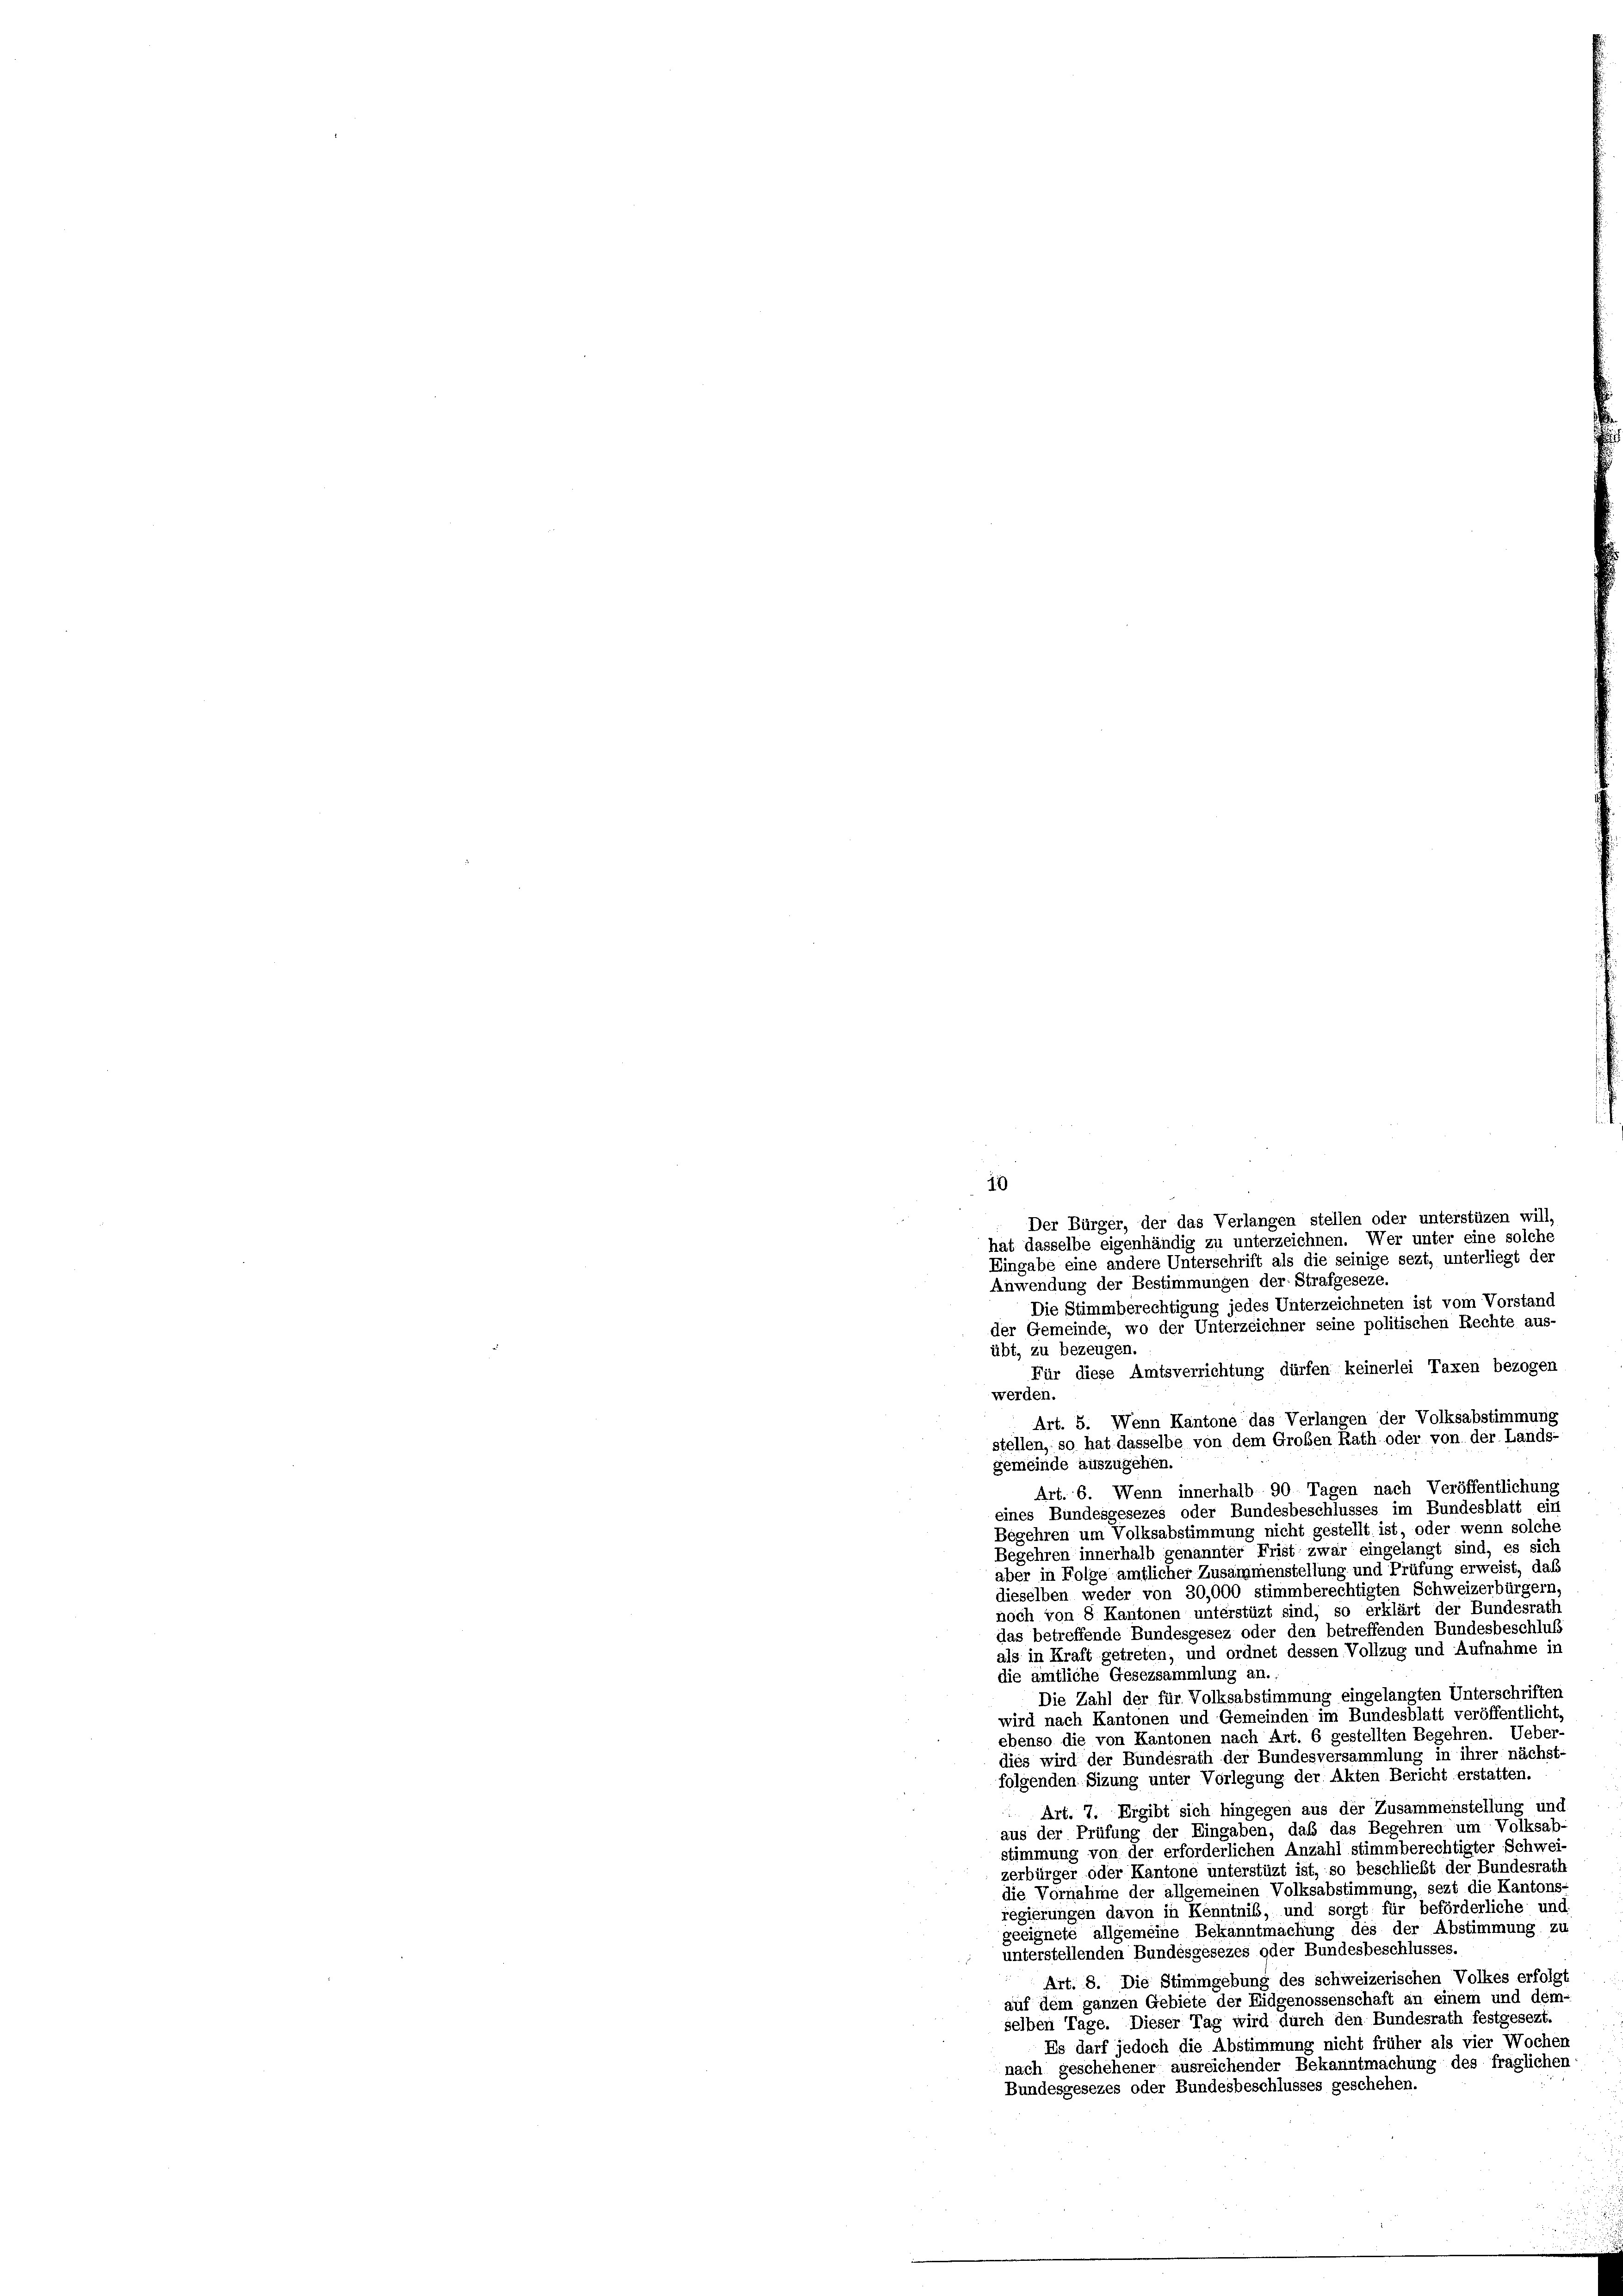
Die Stimmberechtigung jedes Unterzeichneten ist vom Vorstand
der Gemeinde, wo der Unterzeichner seine politischen Rechte aus-
übt, zu bezeugen.
Für diese Amtsverrichtung dürfen keinerlei Taxen bezogen
werden.
Art. 5. Wenn Kantone das Verlangen der Volksabstimmung
stellen, so hat dasselbe von dem Großen Rath oder von der Lands-
gemeinde auszugehen.
Art. 6. Wenn innerhalb 90 Tagen nach Veröffentlichung
eines Bundesgesezes oder Bundesbeschlusses im Bundesblatt ein
Begehren um Volksabstimmung nicht gestellt ist, oder wenn solche
Begehren innerhalb genannter Frist zwar eingelangt sind, es sich
aber in Folge amtlicher Zusammenstellung und Prüfung erweist, daß
dieselben weder von 30,000 stimmberechtigten Schweizerbürgern
noch von 8 Kantonen unterstüzt sind, so erklärt der Bundesrath
das betreffende Bundesgesez oder den betreffenden Bundesbeschluß
als in Kraft getreten; und ordnet dessen Vollzug und Aufnahme in
die amtliche Gesezsammlung an.
Die Zahl der für Volksabstimmung eingelangten Unterschriften
wird nach Kantonen und Gemeinden im Bundesblatt veröffentlicht
ebenso die von Kantonen nach Art. 6 gestellten Begehren. Ueber-
dies wird der Bundesrath der Bundesversammlung in ihrer nächst-
folgenden Sizung unter Vorlegung der Akten Bericht erstatten.
 Art. 7. Ergibt sich hingegen aus der Zusammenstellung und
aus der Prüfung der Eingaben, daß das Begehren um Volksab-
stimmung von der erforderlichen Anzahl stimmberechtigter Schwei-
zerbürger oder Kantone unterstüzt ist, so beschließt der Bundesrath
die Vornahme der allgemeinen Volksabstimmung, sezt die Kantons-
regierungen davon in Kenntnis, und sorgt für beförderliche und
geeignete allgemeine Bekanntmachung des der Abstimmung zu
unterstellenden Bundesgesezes oder Bundesbeschlusses.
Art. 8. Die Stimmgebung des schweizerischen Volkes erfolgt
auf dem ganzen Gebiete der Eidgenossenschaft an einem und dem-
selben Tage. Dieser Tag wird durch den Bundesrath festgesezt.
Es darf jedoch die Abstimmung nicht früher als vier Wochen
nach geschehener ausreichender Bekanntmachung des fraglichen
Bundesgesezes oder Bundesbeschlusses geschehen.

19
Der Bürger, der das Verlangen stellen oder unterstüzen will,
hat dasselbe eigenhändig zu unterzeichnen. Wer unter eine solche
Eingabe eine andere Unterschrift als die seinige sezt, unterliegt der
Anwendung der Bestimmungen der Strafgeseze.